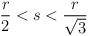
LaTeX: \begin{align*}\frac{r}{2}<s<\frac{r}{\sqrt{3}}\end{align*}